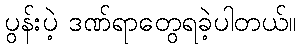
ပွန်းပဲ့ ဒဏ်ရာတွေရခဲ့ပါတယ်။